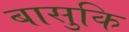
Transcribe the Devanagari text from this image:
बासुकि